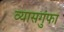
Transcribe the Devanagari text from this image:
व्यासगुंफा